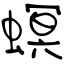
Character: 螟